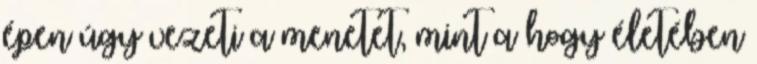
épen úgy vezeti a menetet, mint a hogy életében